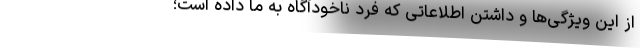
از این ویژگی‌ها و داشتن اطلاعاتی که فرد ناخودآگاه به ما داده است؛